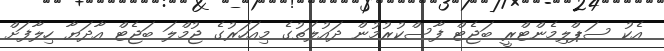
އެކު ސަޕްލިމެންޓްރީ ބަޖެޓް ފާސްކުރުމުން ދައުލަތުގެ މިއަހަރުގެ ޖުމްލަ ބަޖެޓް އާދަޔާ ހިލާފަށް